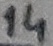
Text: 14